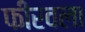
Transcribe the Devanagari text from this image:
फीरवला